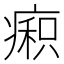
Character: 𰣼